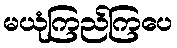
မယုံကြည်ကြပေ